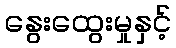
နွေးထွေးမှုနှင့်